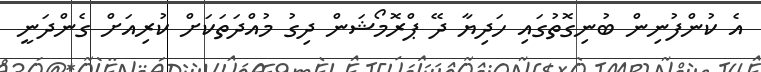
އެ ކުންފުނިން ބުނިގޮތުގައި ހަދިޔާ ދޭ ޕްރޮމޯޝަން ދިގު މުއްދަތަކަށް ކުރިއަށް ގެންދަނީ